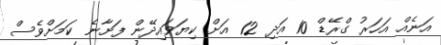
އަނެއް އަހަރު ގްރޭޑް 10 އަދި 12 އަށް ކިޔަވައިދޭން ފަށާނެ ކަމަށްވެސް